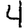
Digit: 4